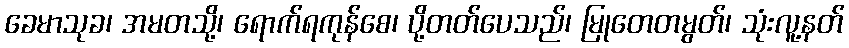
ခေမာသုခ၊ အမတသို့၊ ရောက်ရကုန်စေ၊ ပို့တတ်ပေသည်၊ မြုတေတမွတ်၊ သုံးလူ့နတ်